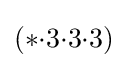
(*{\cdot }3{\cdot }3{\cdot }3)